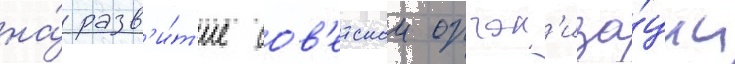
на́ разв'и́т'ие сов'етскои орган'иза́ции